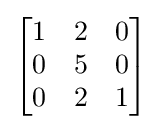
{\begin{bmatrix}1&2&0\\0&5&0\\0&2&1\end{bmatrix}}